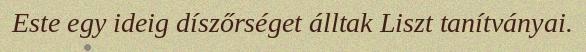
Este egy ideig díszőrséget álltak Liszt tanítványai.